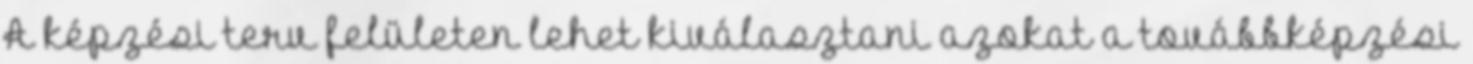
A képzési terv felületen lehet kiválasztani azokat a továbbképzési